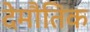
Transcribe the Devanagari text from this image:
देमौतिक